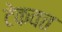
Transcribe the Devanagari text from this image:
टेकवत